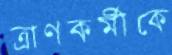
ত্রাণকর্মীকে